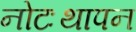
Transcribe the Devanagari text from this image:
नोटःथापन